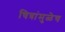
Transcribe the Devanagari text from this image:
चित्रांमुळेच